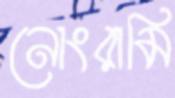
নোংরামি